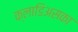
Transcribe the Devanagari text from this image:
क्लाडिअसका